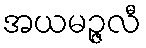
အယမဉ္ဇလီ